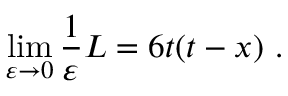
\operatorname* { l i m } _ { \varepsilon \to 0 } { \frac { 1 } { \varepsilon } } L = 6 t ( t - x ) \ .